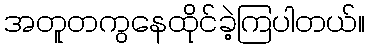
အတူတကွနေထိုင်ခဲ့ကြပါတယ်။